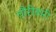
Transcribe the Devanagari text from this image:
चौरीबारी